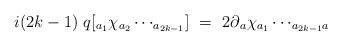
LaTeX: \begin{align*}i(2k-1) \ q[_{a{_{1}}}\chi_{a{_{2}}}\cdots_{a{_{2k-1}}}] \ = \ 2\partial{_{a}}\chi_{a{_{1}}}\cdots_{a_{2k-1}a}\end{align*}